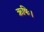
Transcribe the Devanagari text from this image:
ऋषिः।